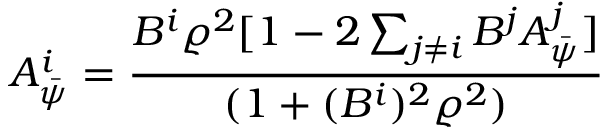
A _ { \bar { \psi } } ^ { i } = \frac { B ^ { i } \varrho ^ { 2 } [ 1 - 2 \sum _ { j \neq i } B ^ { j } A _ { \bar { \psi } } ^ { j } ] } { ( 1 + ( B ^ { i } ) ^ { 2 } \varrho ^ { 2 } ) }